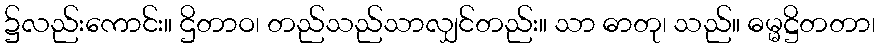
၌လည်းကောင်း။ ဌိတာဝ၊ တည်သည်သာလျှင်တည်း။ သာ ဓာတု၊ သည်။ ဓမ္မဋ္ဌိတတာ၊